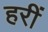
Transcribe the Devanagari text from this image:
हरीं